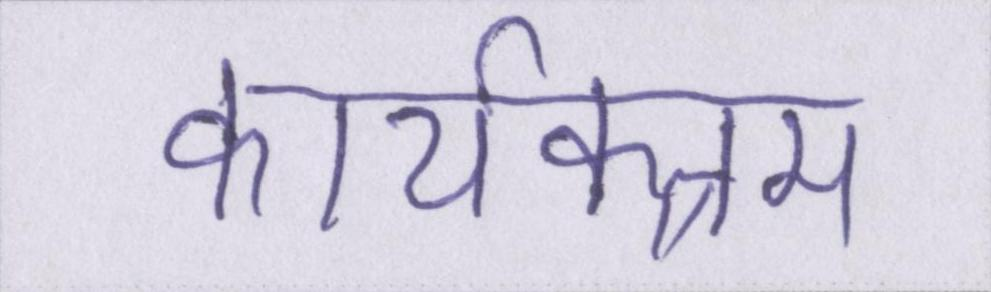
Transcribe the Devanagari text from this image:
कार्यक्त्रम